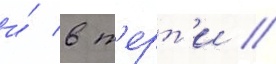
и́ в т'ерт'и //